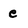
Character: e